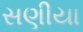
સણીયા